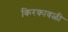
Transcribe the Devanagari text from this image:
किरकावळी